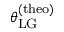
\theta _ { \mathrm { L G } } ^ { \mathrm { ( t h e o ) } }